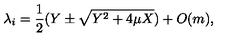
\lambda _ { i } = \frac { 1 } { 2 } ( Y \pm \sqrt { Y ^ { 2 } + 4 \mu X } ) + O ( m ) ,